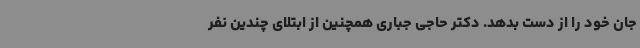
جان خود را از دست بدهد. دکتر حاجی جباری همچنین از ابتلای چندین نفر